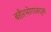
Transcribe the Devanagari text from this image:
बहीरभोगासदृश